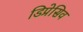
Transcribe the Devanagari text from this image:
डिप्रेसिव